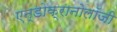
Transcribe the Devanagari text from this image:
एन्डोक्रानोलॉजी